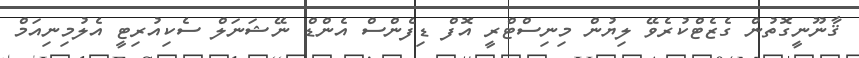
ޤާނޫނީގޮތުން ގެޒެޓްކުރެވޭ ލިޔުން މިނިސްޓްރީ އޮފް ޑިފެންސް އެންޑް ނޭޝަނަލް ސެކިއުރިޓީ އެލުމިނިއަމް